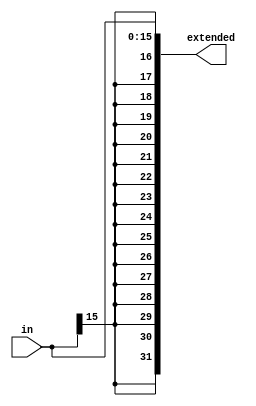
module signextend1632 (input [15:0] in, output [31:0] extended);

	assign extended = { {16 { in[15]}}, in[15:0] };

endmodule